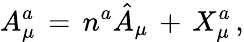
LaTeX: A_{\mu}^{a}\, =\, n^{a}\hat{A}_{\mu}\, +\, X_{\mu}^{a}\, ,